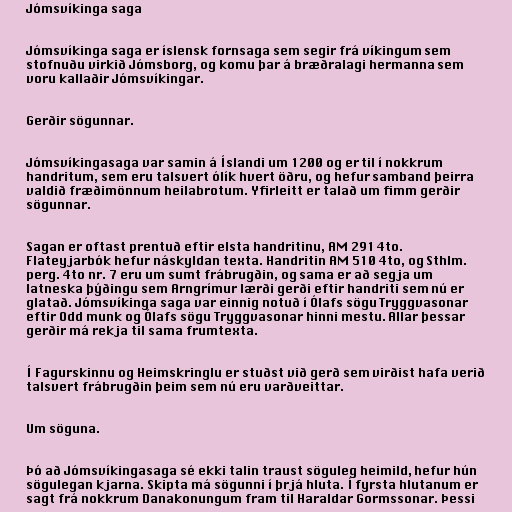
Jómsvíkinga saga

Jómsvíkinga saga er íslensk fornsaga sem segir frá víkingum sem
stofnuðu virkið Jómsborg, og komu þar á bræðralagi hermanna sem
voru kallaðir Jómsvíkingar.

Gerðir sögunnar.

Jómsvíkingasaga var samin á Íslandi um 1200 og er til í nokkrum
handritum, sem eru talsvert ólík hvert öðru, og hefur samband þeirra
valdið fræðimönnum heilabrotum. Yfirleitt er talað um fimm gerðir
sögunnar.

Sagan er oftast prentuð eftir elsta handritinu, AM 291 4to.
Flateyjarbók hefur náskyldan texta. Handritin AM 510 4to, og Sthlm.
perg. 4to nr. 7 eru um sumt frábrugðin, og sama er að segja um
latneska þýðingu sem Arngrímur lærði gerði eftir handriti sem nú er
glatað. Jómsvíkinga saga var einnig notuð í Ólafs sögu Tryggvasonar
eftir Odd munk og Ólafs sögu Tryggvasonar hinni mestu. Allar þessar
gerðir má rekja til sama frumtexta.

Í Fagurskinnu og Heimskringlu er stuðst við gerð sem virðist hafa verið
talsvert frábrugðin þeim sem nú eru varðveittar.

Um söguna.

Þó að Jómsvíkingasaga sé ekki talin traust söguleg heimild, hefur hún
sögulegan kjarna. Skipta má sögunni í þrjá hluta. Í fyrsta hlutanum er
sagt frá nokkrum Danakonungum fram til Haraldar Gormssonar. Þessi